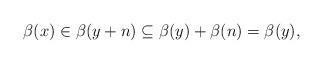
LaTeX: \begin{align*}\beta(x) \in \beta(y+n) \subseteq \beta(y)+\beta(n)=\beta(y),\end{align*}